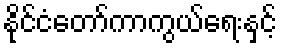
နိုင်ငံတော်ကာကွယ်ရေးနှင့်